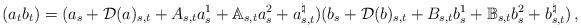
LaTeX: \begin{align*}(a_tb_t)=(a_s+\mathcal{D}(a)_{s,t}+A_{s,t}a^1_{s}+\mathbb{A}_{s,t}a^{2}_{s}+a^{\natural}_{s,t})(b_s+\mathcal{D}(b)_{s,t}+B_{s,t}b^1_s+\mathbb{B}_{s,t}b^{2}_{s}+b^{\natural}_{s,t})\, ,\end{align*}